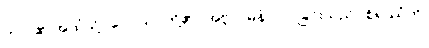
ဤငါ၏ အထံသို့။ ဝေါ၊ သင်တို့၏။ အဗ္ဘာဂမနံ၊ လာခြင်းသည်။ စိရဿံဟိ၊